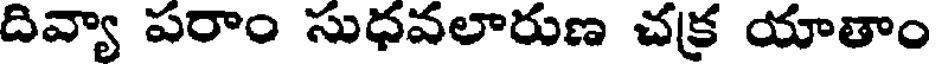
దివ్యా పరాం సుధవలారుణ చక్ర యాతాం